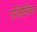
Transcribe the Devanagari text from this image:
एंजिलिका